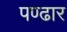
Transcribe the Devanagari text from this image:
पण्‍ढार